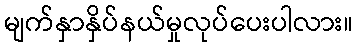
မျက်နှာနှိပ်နယ်မှုလုပ်ပေးပါလား။